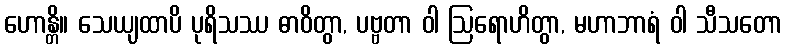
ဟောန္တိ။ သေယျထာပိ ပုရိသဿ ဓာဝိတွာ, ပဗ္ဗတာ ဝါ ဩရောဟိတွာ, မဟာဘာရံ ဝါ သီသတော